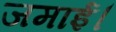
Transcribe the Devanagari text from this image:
जमाई।